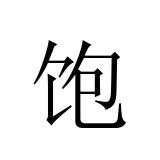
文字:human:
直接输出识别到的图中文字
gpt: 饱